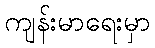
ကျန်းမာရေးမှာ